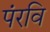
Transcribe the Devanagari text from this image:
पंरवि